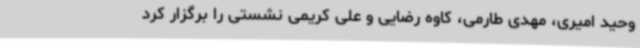
وحید امیری، مهدی طارمی، کاوه رضایی و علی کریمی نشستی را برگزار کرد